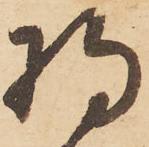
将